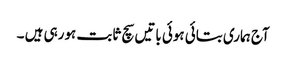
آج ہماری بتائی ہوئی باتیں سچ ثابت ہورہی ہیں ۔